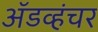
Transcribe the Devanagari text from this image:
ॲडव्हंचर